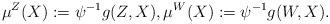
LaTeX: \begin{align*} \mu^{Z}(X) := \psi^{-1} g(Z,X), \mu^W(X) := \psi^{-1} g(W,X).\end{align*}